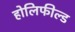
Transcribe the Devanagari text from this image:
होलिफील्ड